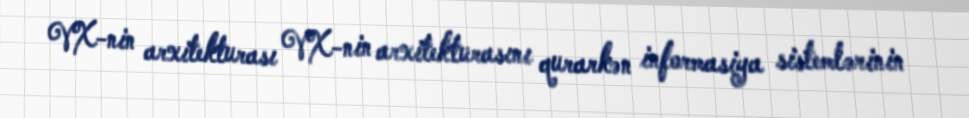
VX-nin arxitekturası VX-nin arxitekturasını qurarkən informasiya sistemlərinin